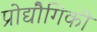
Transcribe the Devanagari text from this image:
प्रोद्यौेगिकी